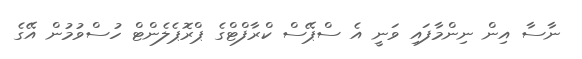
ނާސާ އިން ނިންމާފައި ވަނީ އެ ސްޕޭސް ކްރާފްޓްގެ ޕްރޮޕެލެންޓް ހުސްވުމުން އޭގެ